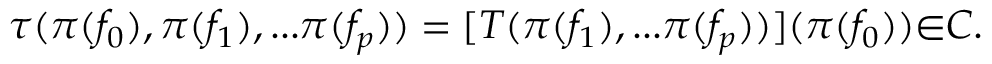
{ \tau } ( { \pi } ( f _ { 0 } ) , { \pi } ( f _ { 1 } ) , . . . { \pi } ( f _ { p } ) ) = [ T ( { \pi } ( f _ { 1 } ) , . . . { \pi } ( f _ { p } ) ) ] ( { \pi } ( f _ { 0 } ) ) { \in } C .